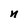
Character: n